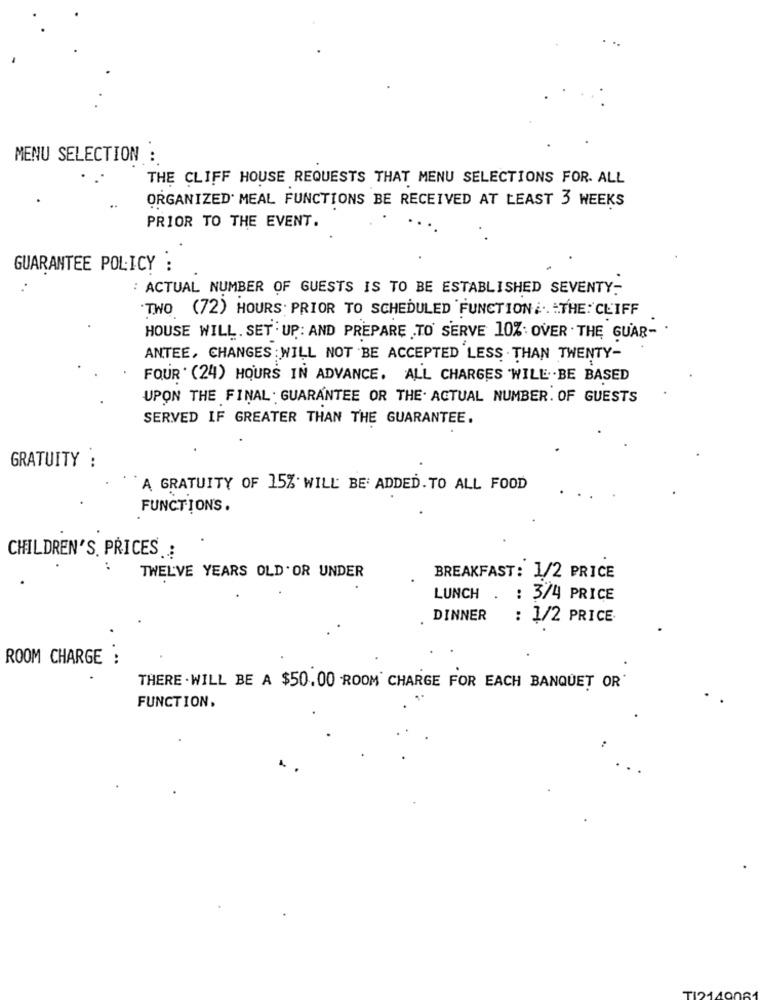
MENU SELECTION :
THE CLIFF HOUSE REQUESTS THAT MENU SELECTIONS FOR- ALL
ORGANIZED MEAL FUNCTIONS BE RECEIVED AT LEAST 3 WEEKS
PRIOR TO THE EVENT.
GUARANTEE POLICY :
: ACTUAL NUMBER OF GUESTS IS TO BE ESTABLISHED SEVENTY-
TWO (72) HOURS PRIOR TO SCHEDULED FUNCTION&. THE CLIFF
HOUSE WILL. SET UP: AND PREPARE TO SERVE 10%. OVER . THE GUAR- .
ANTEE, CHANGES WILL NOT BE ACCEPTED LESS THAN TWENTY-
FOUR . (24) HOURS IN ADVANCE. ALL CHARGES WILL .. BE BASED
UPON THE FINAL: GUARANTEE OR THE. ACTUAL NUMBER. OF GUESTS
SERVED IF GREATER THAN THE GUARANTEE.
GRATUITY :
A GRATUITY OF 15% WILL BE ADDED. TO ALL FOOD
FUNCTIONS.
CHILDREN'S. PRICES .:
TWELVE YEARS OLD. OR UNDER
BREAKFAST: 1/2 PRICE
LUNCH . : 3/4 PRICE
DINNER
: 1/2 PRICE
ROOM CHARGE :
THERE . WILL BE A $50.00 ROOM CHARGE FOR EACH BANQUET OR'
FUNCTION.